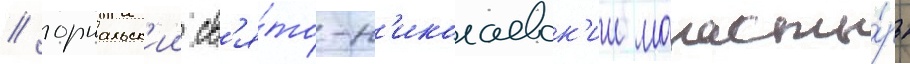
/ горнальск'ии св'я́то-н'иколаевск'ии монасты́рь